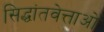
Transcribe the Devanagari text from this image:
सिद्धांतवेत्ताओं